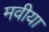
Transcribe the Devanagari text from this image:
मवीया